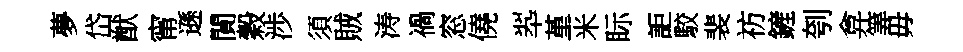
夢岱猷甯遜閴穀渉須賊涛禍窓僥翆堇米眎詎駮裴祊鏟刳弇筭毋